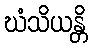
ဃံသိယန္တိ